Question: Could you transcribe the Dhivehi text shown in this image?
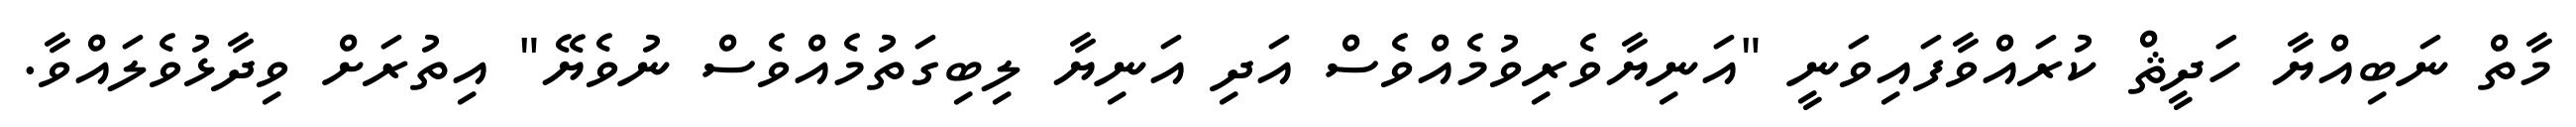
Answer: މާތް ނަބިއްޔާ ހަދީޘް ކުރައްވާފައިވަނީ "އަނިޔާވެރިވުމެއްވެސް އަދި އަނިޔާ ލިބިގަތުމެއްވެސް ނުވެޔޭ" އިތުރަށް ވިދާޅުވެލައްވާ.